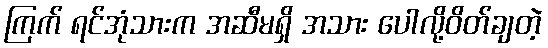
ကြက် ရင်အုံသားက အဆီမရှိ အသား ပေါလို့ဝိတ်ချတဲ့